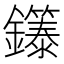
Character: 𬬞